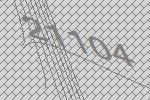
21104